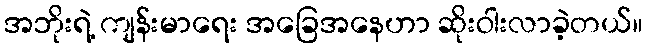
အဘိုးရဲ့ ကျန်းမာရေး အခြေအနေဟာ ဆိုးဝါးလာခဲ့တယ်။